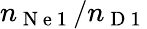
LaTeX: n_{\mathrm{~N~e~1~}}/n_{\mathrm{~D~1~}}